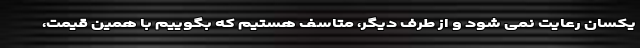
یکسان رعایت نمی شود و از طرف دیگر، متاسف هستیم که بگوییم با همین قیمت،